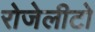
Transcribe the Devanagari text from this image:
रोजेलीटो